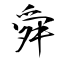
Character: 舜